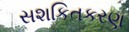
સશકિતકરણ